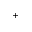
^ { + }